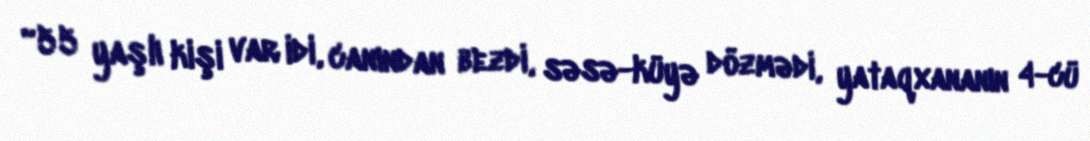
“55 yaşlı kişi var idi, canından bezdi, səsə-küyə dözmədi, yataqxananın 4-cü